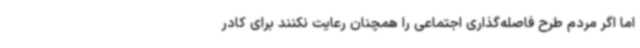
اما اگر مردم طرح فاصله‌گذاری اجتماعی را همچنان رعایت نکنند برای کادر